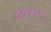
વગાડનારા